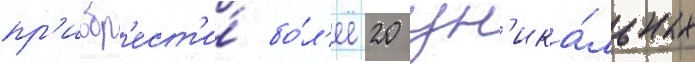
пр'иобр'ест'и́ бо́л'ее 20 ун'ика́льных